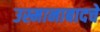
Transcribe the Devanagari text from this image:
उस्मानाबादचे